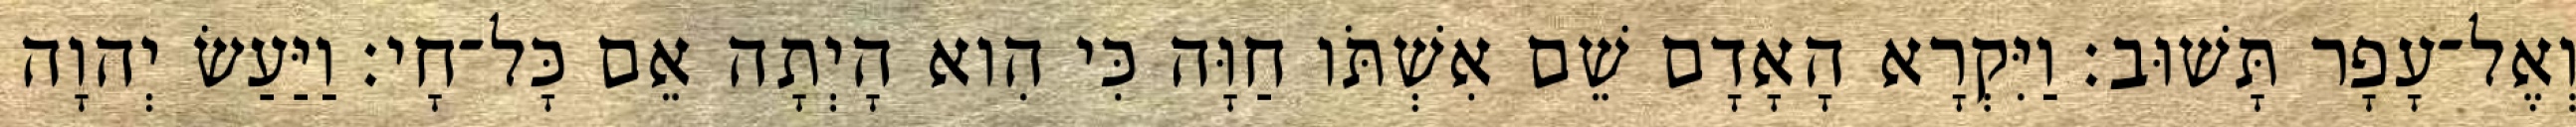
וְאֶל־עָפָר תָּשׁוּב׃ וַיִּקְרָא הָאָדָם שֵׁם אִשְׁתֹּו חַוָּה כִּי הִוא הָיְתָה אֵם כָּל־חָי׃ וַיַּעַשׂ יְהוָה